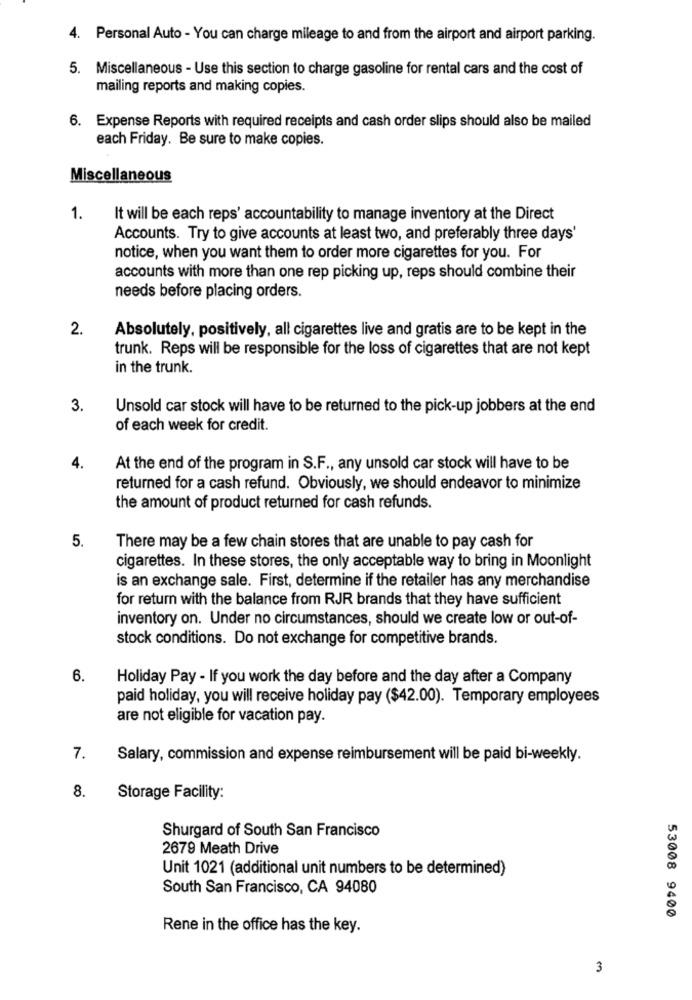
4. Personal Auto - You can charge mileage to and from the airport and airport parking.
5. Miscellaneous - Use this section to charge gasoline for rental cars and the cost of
mailing reports and making copies.
6. Expense Reports with required receipts and cash order slips should also be mailed
each Friday. Be sure to make copies.
Miscellaneous
1.
It will be each reps' accountability to manage inventory at the Direct
Accounts. Try to give accounts at least two, and preferably three days'
notice, when you want them to order more cigarettes for you. For
accounts with more than one rep picking up, reps should combine their
needs before placing orders.
2.
Absolutely, positively, all cigarettes live and gratis are to be kept in the
trunk. Reps will be responsible for the loss of cigarettes that are not kept
in the trunk.
3.
Unsold car stock will have to be returned to the pick-up jobbers at the end
of each week for credit.
4.
At the end of the program in S.F ., any unsold car stock will have to be
returned for a cash refund. Obviously, we should endeavor to minimize
the amount of product returned for cash refunds.
5.
There may be a few chain stores that are unable to pay cash for
cigarettes. In these stores, the only acceptable way to bring in Moonlight
is an exchange sale. First, determine if the retailer has any merchandise
for return with the balance from RJR brands that they have sufficient
inventory on. Under no circumstances, should we create low or out-of-
stock conditions. Do not exchange for competitive brands.
6.
Holiday Pay - If you work the day before and the day after a Company
paid holiday, you will receive holiday pay ($42.00). Temporary employees
are not eligible for vacation pay.
7.
Salary, commission and expense reimbursement will be paid bi-weekly.
8.
Storage Facility:
Shurgard of South San Francisco
2679 Meath Drive
Unit 1021 (additional unit numbers to be determined)
South San Francisco, CA 94080
53008 9400
Rene in the office has the key.
3